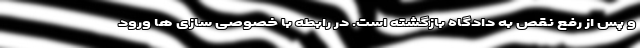
و پس از رفع نقص به دادگاه بازگشته است. در رابطه با خصوصی سازی ها ورود